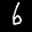
Label: 6